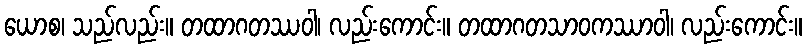
ယောစ၊ သည်လည်း။ တထာဂတဿဝါ၊ လည်းကောင်း။ တထာဂတသာဝကဿာဝါ၊ လည်းကောင်း။